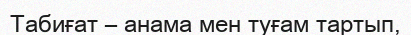
Табиғат – анама мен туғам тартып,